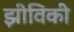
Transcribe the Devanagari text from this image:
झीविकी